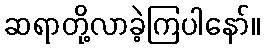
ဆရာတို့လာခဲ့ကြပါနော်။